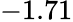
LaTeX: -1.71